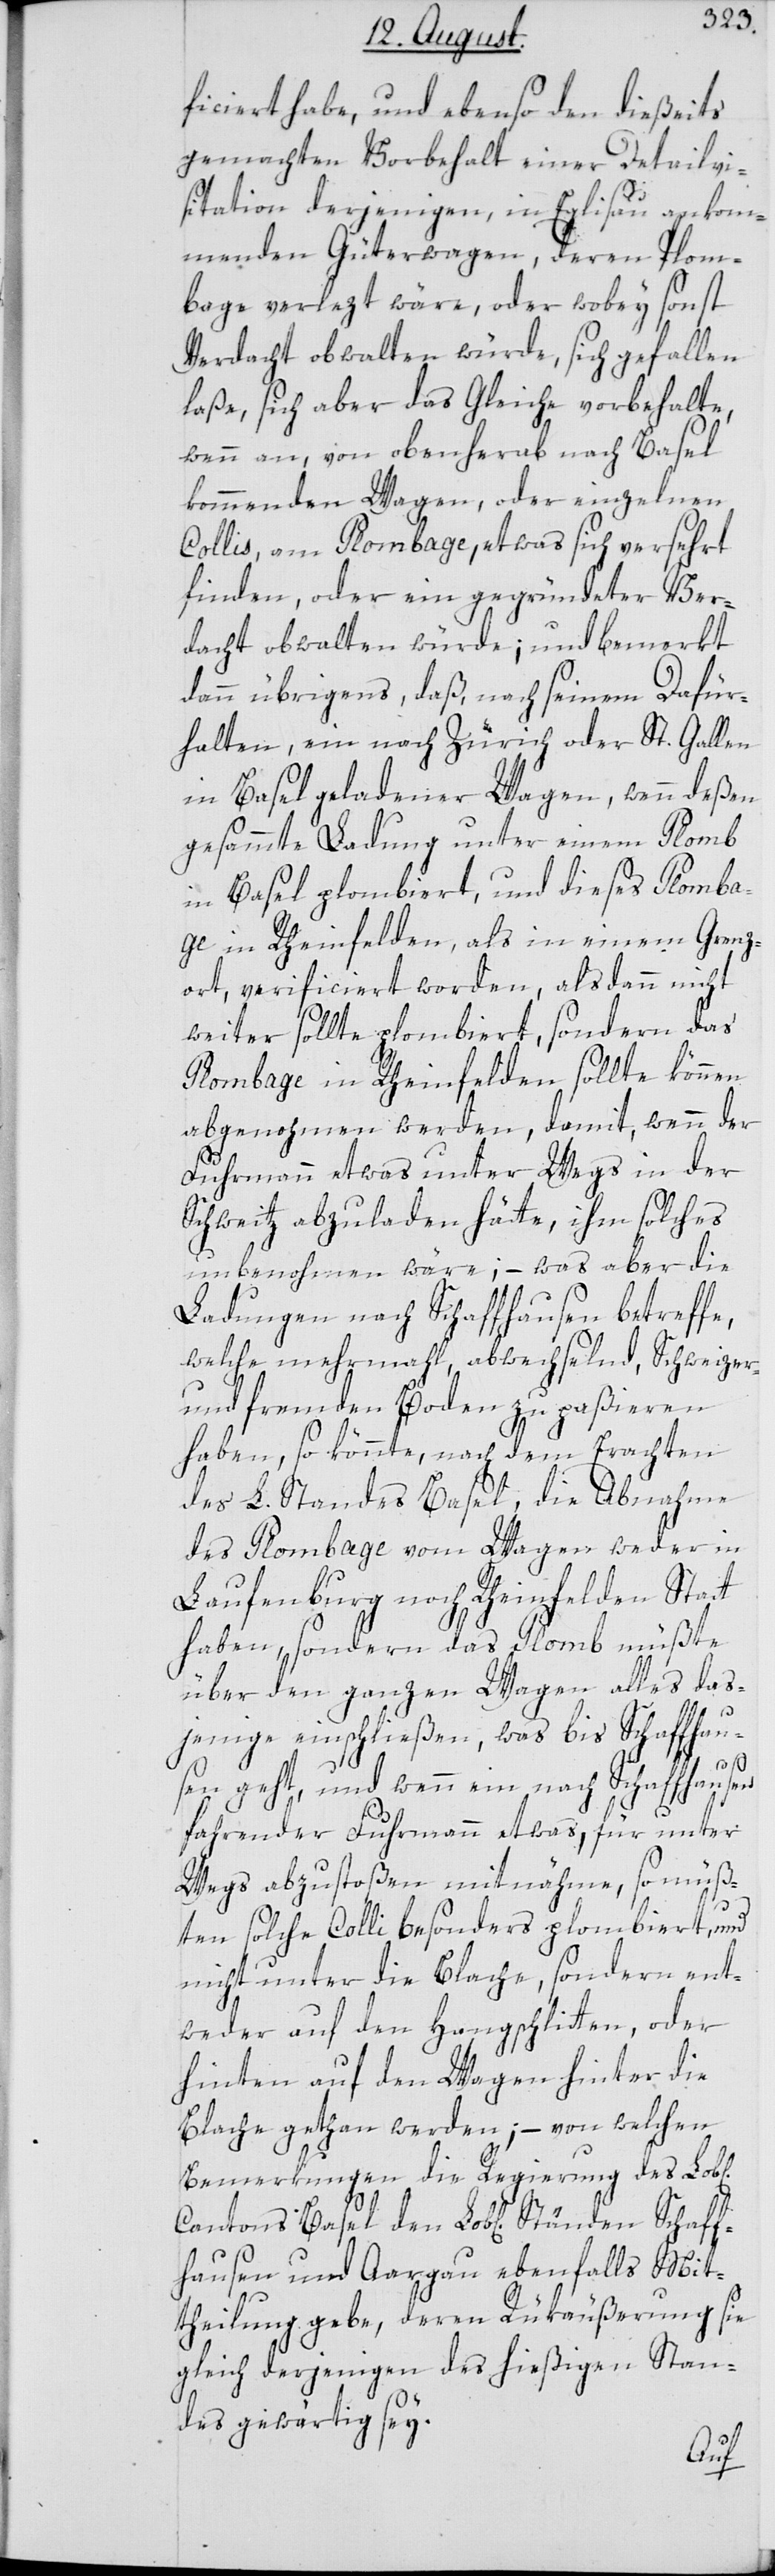
ficiert habe, und ebenso den dießeits
gemachten Vorbehalt einer Detailvi¬
sitation derjenigen, in Eglisau ankom¬
menden Güterwagen, deren Plom¬
bage verlezt wäre, oder wobey sonst
Verdacht obwalten würde, sich gefallen
laße, sich aber das Gleiche vorbehalte,
wenn an, von obenherab nach Basel
kommenden Wagen, oder einzelnen
Collis, am Plombage, etwas sich versehrt
finden, oder ein gegründeter Ver¬
dacht obwalten würde; und bemerkt
dann übrigens, daß, nach seinem Dafür¬
halten, ein nach Zürich oder St. Gallen
in Basel geladener Wagen, wenn deßen
gesammte Ladung unter einem Plomb
in Basel plombiert, und dieses Plomba¬
ge in Rheinfelden, als in einem Grenz¬
ort verificiert worden, alsdann nicht
weiter sollte plombiert, sondern das
Plombage in Rheinfelden sollte können
abgenohmen werden, damit, wenn der
Fuhrmann etwas unter Wegs in der
Schweitz abzuladen hätte, ihm solches
unbenohmen wäre; – was aber die
Ladung nach Schaffhausen betreffe,
welche mehrmahl, abwechselnd, Schweizer-
und fremden Boden zu paßieren
haben, so könnte, nach dem Erachten
des L. Standes Basel, die Abnahme
des Plombage vom Wagen weder in
Laufenburg noch Rheinfelden Statt
haben, sondern das Plomb müßte
über den ganzen Wagen alles das¬
jenige einschließen, was bis Schaffhau¬
sen geht, und wenn ein nach Schaffhausen
fahrender Fuhrmann etwas, für unter
Wegs abzustoßen mitnähme, so müß¬
ten solche Colli besonders plombiert, und
nicht unter die Blache, sondern ent¬
weder auf den Hangschlitten, oder
hinten auf den Wagen hinter die
Blache gethan werden; – von welchen
Bemerkungen die Regierung des Lob[l¬
fhausen und Aargau ebenfalls Mit¬
theilung gebe, deren Rükäußerung sie
gleich derjenigen des hießigen Stan¬
des gewärtig sey.
Schaf¬